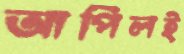
আপিলই